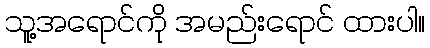
သူ့အရောင်ကို အမည်းရောင် ထားပါ။